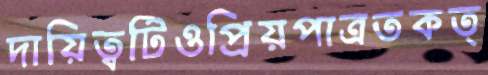
দায়িত্বটিওপ্রিয়পাত্রতকত্